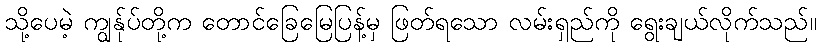
သို့ပေမဲ့ ကျွန်ုပ်တို့က တောင်ခြေမြေပြန့်မှ ဖြတ်ရသော လမ်းရှည်ကို ရွေးချယ်လိုက်သည်။